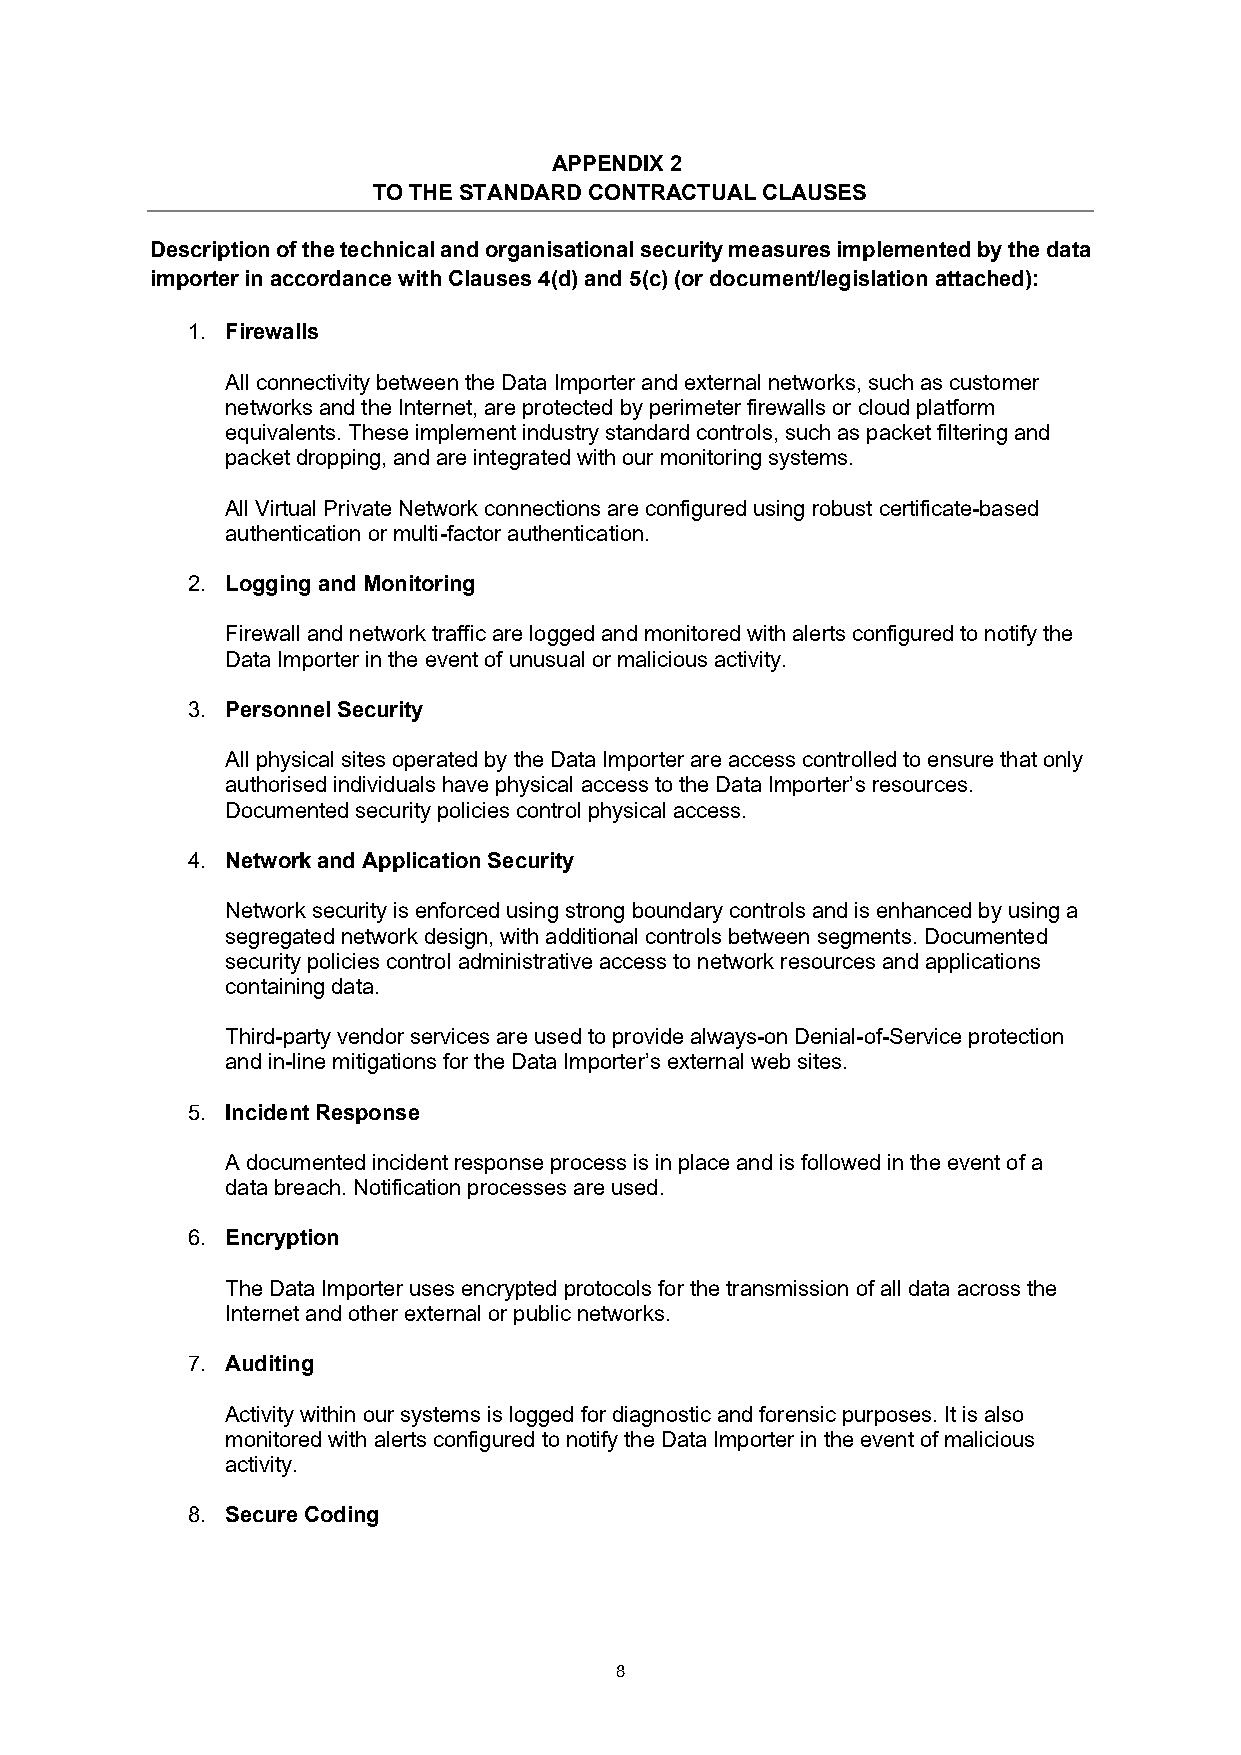
APPENDIX 2
 TO THE STANDARD CONTRACTUAL CLAUSES
 Description of the technical and organisational security measures implemented by the data
 importer in accordance with Clauses 4(d) and 5(c) (or document/legislation attached):
 1. Firewalls
 All connectivity between the Data Importer and external networks, such as customer
 networks and the Internet, are protected by perimeter firewalls or cloud platform
 equivalents. These implement industry standard controls, such as packet filtering and
 packet dropping, and are integrated with our monitoring systems.
 All Virtual Private Network connections are configured using robust certificate-based
 authentication or multi-factor authentication.
 2. Logging and Monitoring
 Firewall and network traffic are logged and monitored with alerts configured to notify the
 Data Importer in the event of unusual or malicious activity.
 3. Personnel Security
 All physical sites operated by the Data Importer are access controlled to ensure that only
 authorised individuals have physical access to the Data Importer’s resources.
 Documented security policies control physical access.
 4. Network and Application Security
 Network security is enforced using strong boundary controls and is enhanced by using a
 segregated network design, with additional controls between segments. Documented
 security policies control administrative access to network resources and applications
 containing data.
 Third-party vendor services are used to provide always-on Denial-of-Service protection
 and in-line mitigations for the Data Importer’s external web sites.
 5. Incident Response
 A documented incident response process is in place and is followed in the event of a
 data breach. Notification processes are used.
 6. Encryption
 The Data Importer uses encrypted protocols for the transmission of all data across the
 Internet and other external or public networks.
 7. Auditing
 Activity within our systems is logged for diagnostic and forensic purposes. It is also
 monitored with alerts configured to notify the Data Importer in the event of malicious
 activity.
 8. Secure Coding
 8